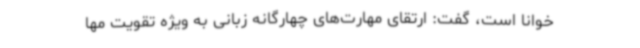
خوانا است، گفت: ارتقای مهارت‌های چهارگانه زبانی به ویژه تقویت مها